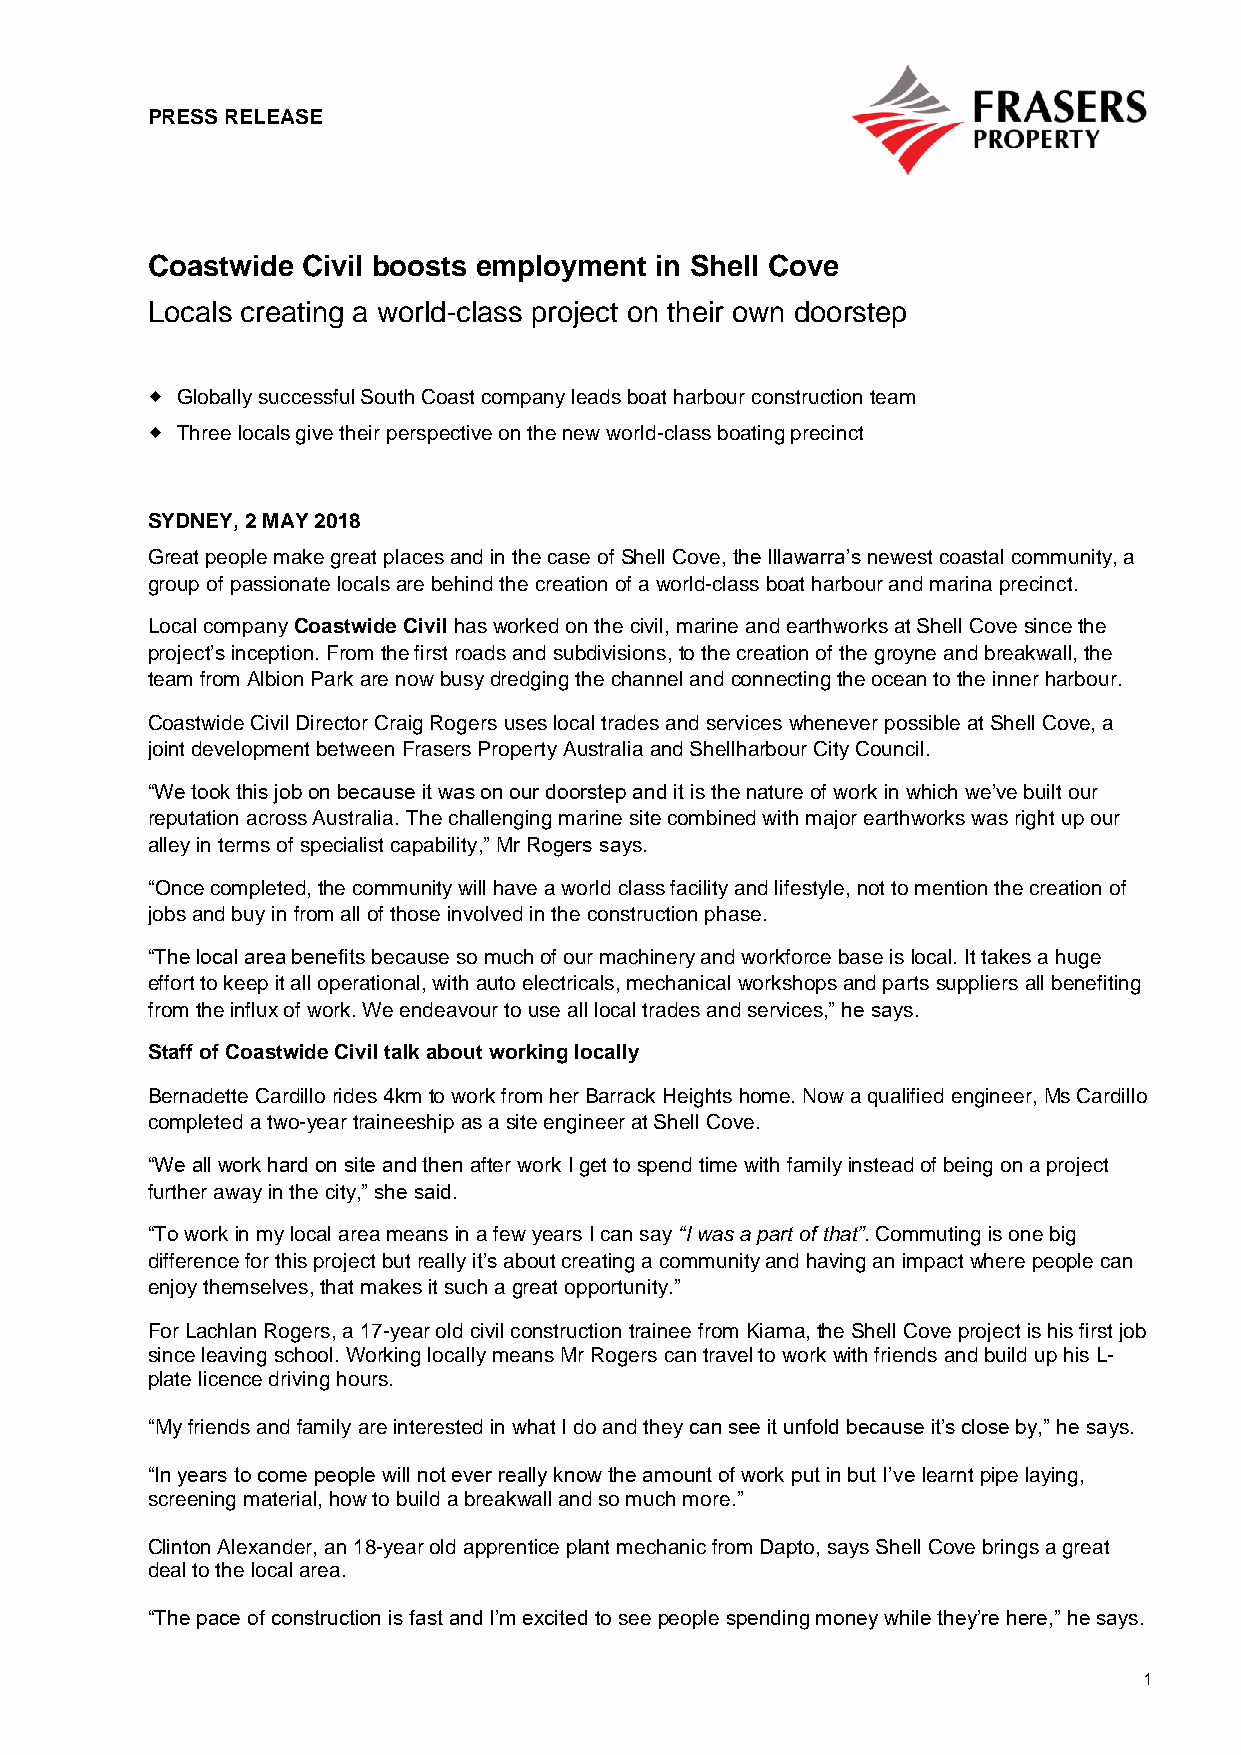
PRESS RELEASE
 Coastwide Civil boosts employment in Shell Cove
 Locals creating a world-class project on their own doorstep
  Globally successful South Coast company leads boat harbour construction team
  Three locals give their perspective on the new world-class boating precinct
 SYDNEY, 2 MAY 2018
 Great people make great places and in the case of Shell Cove, the Illawarra’s newest coastal community, a
 group of passionate locals are behind the creation of a world-class boat harbour and marina precinct.
 Local company Coastwide Civil has worked on the civil, marine and earthworks at Shell Cove since the
 project’s inception. From the first roads and subdivisions, to the creation of the groyne and breakwall, the
 team from Albion Park are now busy dredging the channel and connecting the ocean to the inner harbour.
 Coastwide Civil Director Craig Rogers uses local trades and services whenever possible at Shell Cove, a
 joint development between Frasers Property Australia and Shellharbour City Council.
 “We took this job on because it was on our doorstep and it is the nature of work in which we’ve built our
 reputation across Australia. The challenging marine site combined with major earthworks was right up our
 alley in terms of specialist capability,” Mr Rogers says.
 “Once completed, the community will have a world class facility and lifestyle, not to mention the creation of
 jobs and buy in from all of those involved in the construction phase.
 “The local area benefits because so much of our machinery and workforce base is local. It takes a huge
 effort to keep it all operational, with auto electricals, mechanical workshops and parts suppliers all benefiting
 from the influx of work. We endeavour to use all local trades and services,” he says.
 Staff of Coastwide Civil talk about working locally
 Bernadette Cardillo rides 4km to work from her Barrack Heights home. Now a qualified engineer, Ms Cardillo
 completed a two-year traineeship as a site engineer at Shell Cove.
 “We all work hard on site and then after work I get to spend time with family instead of being on a project
 further away in the city,” she said.
 “To work in my local area means in a few years I can say “I was a part of that”. Commuting is one big
 difference for this project but really it’s about creating a community and having an impact where people can
 enjoy themselves, that makes it such a great opportunity.”
 For Lachlan Rogers, a 17-year old civil construction trainee from Kiama, the Shell Cove project is his first job
 since leaving school. Working locally means Mr Rogers can travel to work with friends and build up his L-
 plate licence driving hours.
 “My friends and family are interested in what I do and they can see it unfold because it’s close by,” he says.
 “In years to come people will not ever really know the amount of work put in but I’ve learnt pipe laying,
 screening material, how to build a breakwall and so much more.”
 Clinton Alexander, an 18-year old apprentice plant mechanic from Dapto, says Shell Cove brings a great
 deal to the local area.
 “The pace of construction is fast and I’m excited to see people spending money while they’re here,” he says.
 1